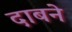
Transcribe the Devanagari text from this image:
दाबने